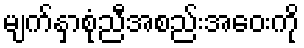
မျက်နှာစုံညီအစည်းအဝေးကို